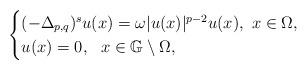
LaTeX: \begin{align*} \begin{cases} (-\Delta_{p,q})^{s}u(x)=\omega|u(x)|^{p-2}u(x),\,\,x\in\Omega,\\ u(x)=0,\,\,\,\,x\in\mathbb{G}\setminus\Omega, \end{cases}\end{align*}